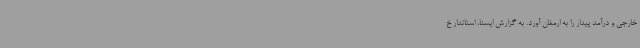
خارجی و درآمد پیدار را به ارمغان آورد. به گزارش ایسنا، استاندار خ